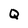
Character: Q